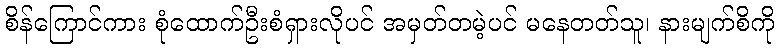
စိန်ကြောင်ကား စုံထောက်ဦးစံရှားလိုပင် အမှတ်တမဲ့ပင် မနေတတ်သူ၊ နားမျက်စိကို